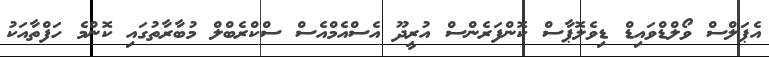
އެޕަލްސް ވޯލްޑްވައިޑް ޑިވެލޮޕާސް ކޮންފަރެންސް އުރީދޫ އެސްއެމްއެސް ސްކްރެބްލް މުބާރާތުގައި ކޮންމެ ހަފްތާއަކު